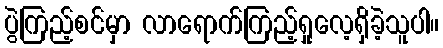
ပွဲကြည့်စင်မှာ လာရောက်ကြည့်ရှုလေ့ရှိခဲ့သူပါ။